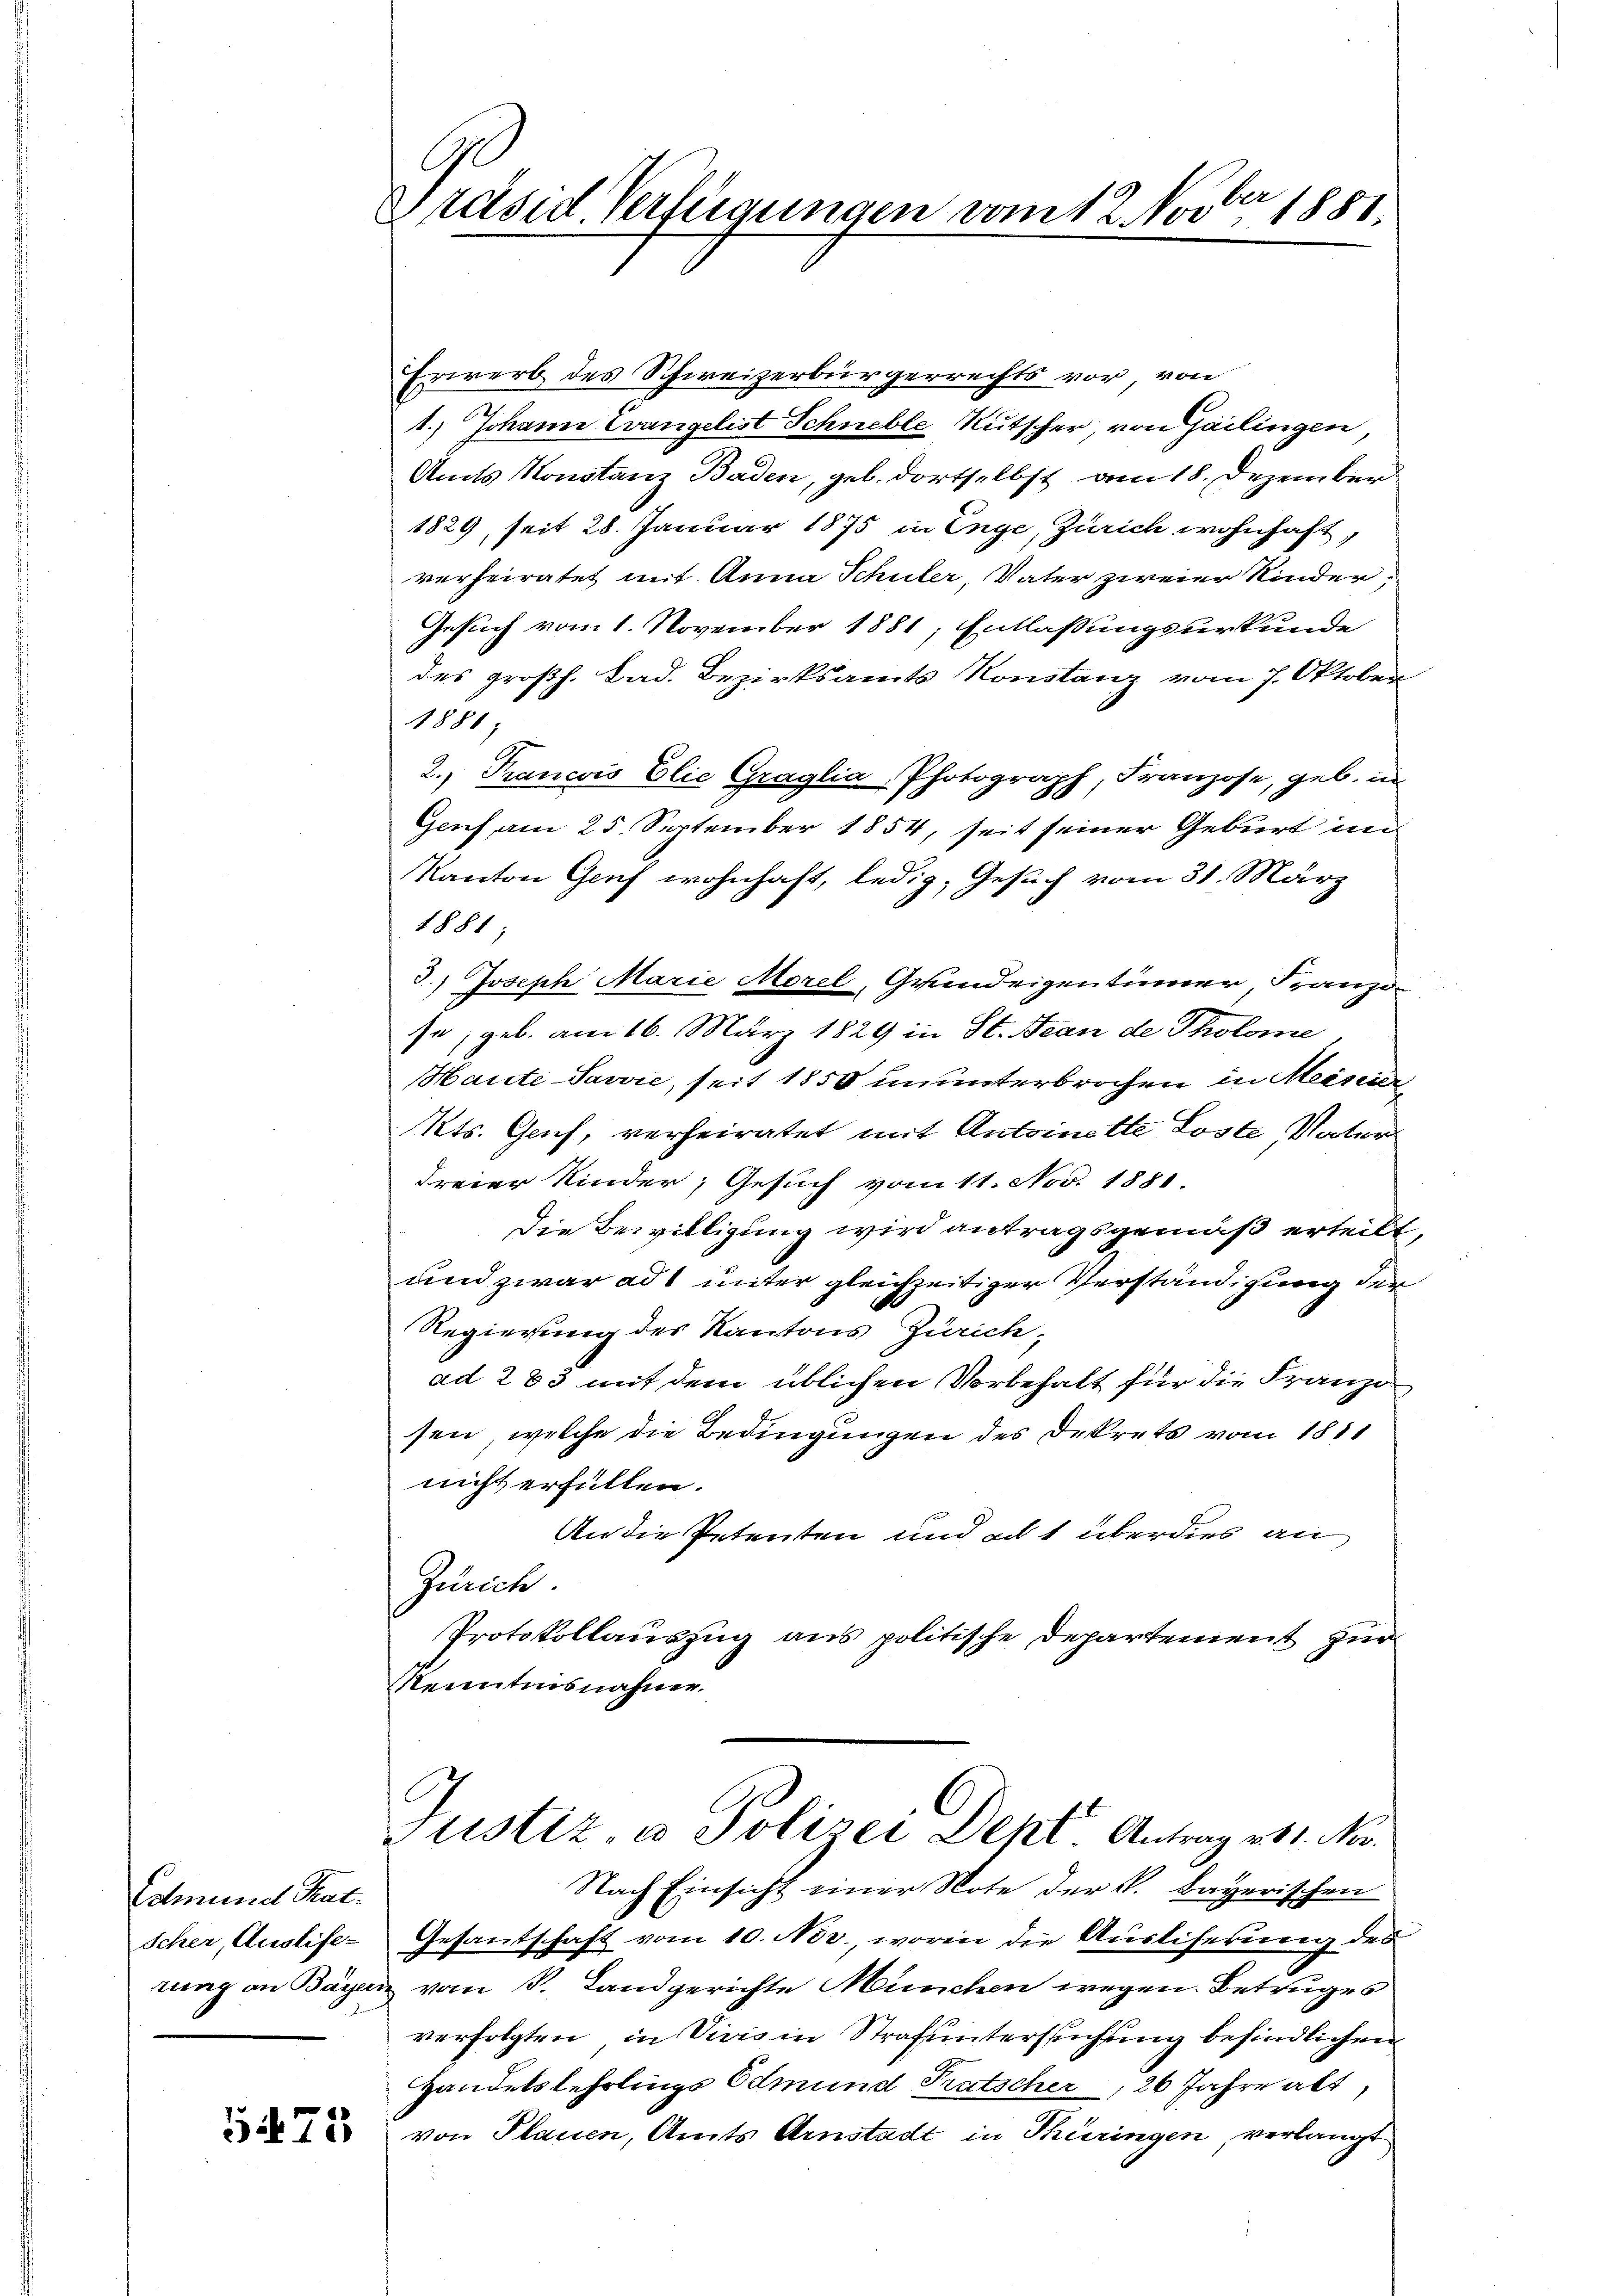
Edmund Tat.
Scher, Auslife-

5475

Präsid. Verfügungen vom 12. Nov. 1881.

Erwerb des Schweizerbürgerrechts vor, von
1.) Johann Evangelist Schnelle Rutscher, von Gailingen,
Amts Konstanz Baden, geb. dortselbst am 18. Dezember
1829, seit 28. Januar 1875 in Enge, Zürich wohnhaft,
verheiratet mit Anna Schuler, Vater zweier Kinder.
Gesuch vom 1. November 1881; Entlaßungsurkunde
des großh. Bad. Bezirksamts Konstanz vom 7. Oktober
1881,
2.) Trancois Elie Graglia, Photograph, Franzose, geb. in
Genf am 25. September 1854, seit seiner Geburt im
Kanton Genf wohnhaft, ledig, Gesuch vom 31. März
1881;
3.) Joseph Marie Morel, Grundeigentümer, Franz-
se, geb. am 16. März 1829 in St. Jean de Tholome
Haute Javvić, seit 1850 ununterbrochen in Meiner
Mts. Genf, verheiratet mit Antoinette Loste Vater
dreier Kinder, Gesuch vom 11. Nov. 1881.
Die Bewilligung wird antragsgemäß erteilt
und zwar ad 1 unter gleichzeitiger Verständigung der
Regierung des Kantons Zürich,
ad 283 mit dem üblichen Vorbehalt für die Franzo
sen, welche die Bedingungen des Dekrets vom 1811
nicht erfüllen.
An die Petenten und ad 1 überdies an
Zürich.
Protokollauszug aus politische Departement zur
Kenntnisnahme.
Justiz- & Polizei Dekt. Antrag 11. Nov.
Nach Einsicht einer Note der V. Bayerischen
Gesantschaft vom 10. Nov., worin die Ausliferung des
rung an Bayern vom P. Landgerichte München wegen Betruges
verfolgten, in Vicis in Strafuntersuchung befindlichen
Handelslehrlings Edmund Pratscher, 26 Jahre alt,
von Plauen, Amts Arnstadt in Thüringen, verlangt